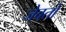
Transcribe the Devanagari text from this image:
जेवतो